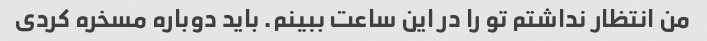
من انتظار نداشتم تو را در این ساعت ببینم. باید دوباره مسخره کردی